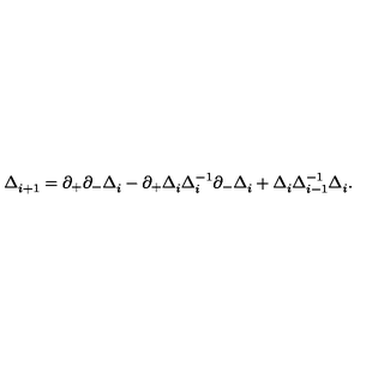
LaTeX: \Delta _ { i + 1 } ^ { } = \partial _ { + } \partial _ { - } \Delta _ { i } ^ { } - \partial _ { + } \Delta _ { i } ^ { } \Delta _ { i } ^ { - 1 } \partial _ { - } \Delta _ { i } ^ { } + \Delta _ { i } ^ { } \Delta _ { i - 1 } ^ { - 1 } \Delta _ { i } ^ { } .